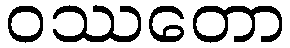
ဝဿတော